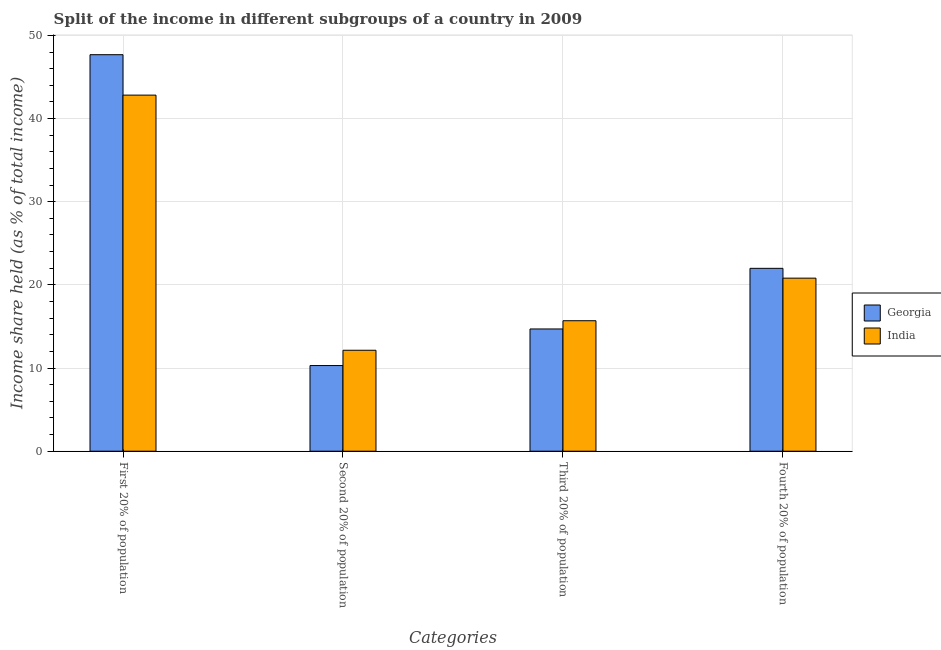
| Categories | Georgia | India |
 | --- | --- | --- |
 | First 20% of population | 47.7 | 42.8 |
 | Second 20% of population | 10.3 | 12.1 |
 | Third 20% of population | 14.7 | 15.7 |
 | Fourth 20% of population | 22 | 20.8 |